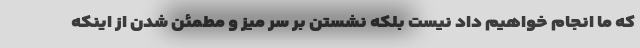
که ما انجام خواهیم داد نیست بلکه نشستن بر سر میز و مطمئن شدن از اینکه